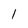
Character: 1